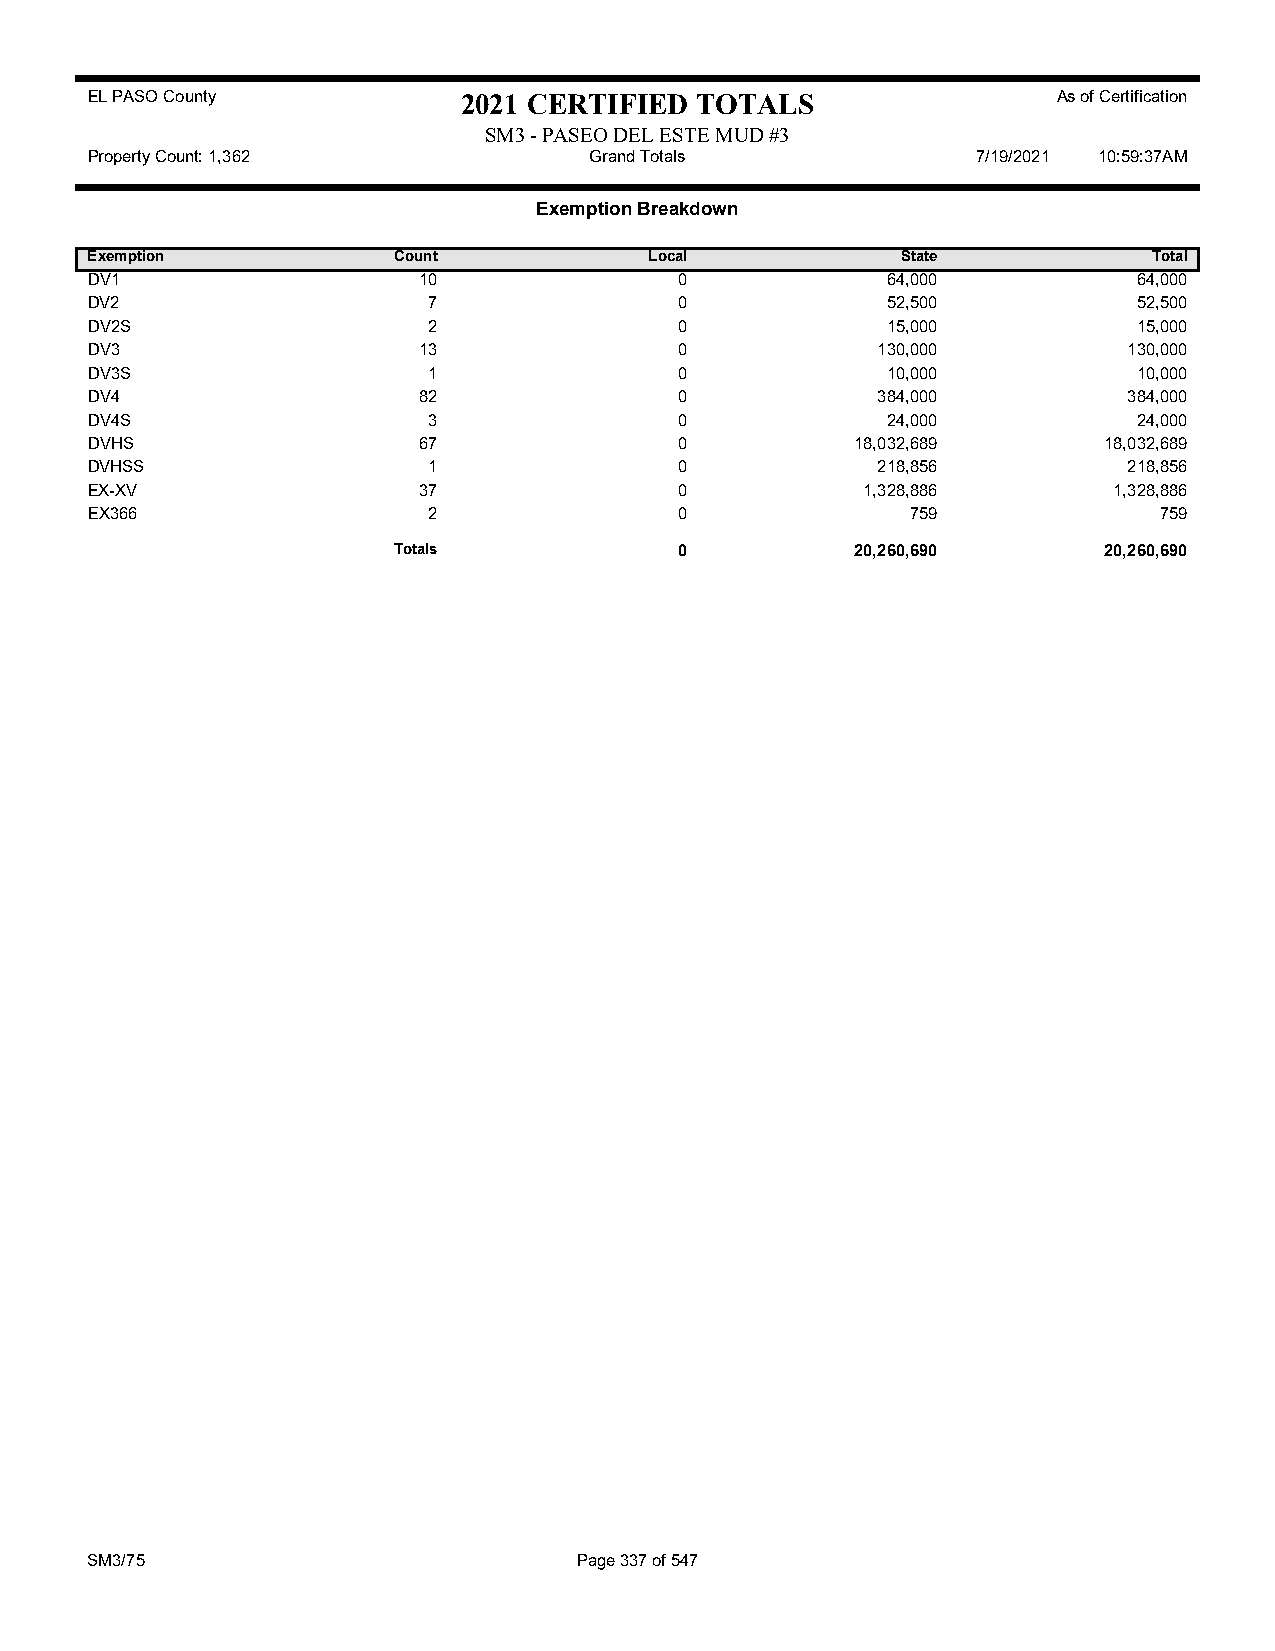
EL PASO County           2021 CERTIFIED TOTALS                  As of Certification
 SM3 - PASEO DEL ESTE MUD #3
 Property Count: 1,362            Grand Totals              7/19/2021 10:59:37AM
 Exemption Breakdown
 Exemption           Count            Local            State           Total
 DV1                   10               0             64,000          64,000
 DV2                   7                0             52,500          52,500
 DV2S                  2                0             15,000          15,000
 DV3                   13               0            130,000          130,000
 DV3S                  1                0             10,000          10,000
 DV4                   82               0            384,000          384,000
 DV4S                  3                0             24,000          24,000
 DVHS                  67               0           18,032,689      18,032,689
 DVHSS                 1                0            218,856          218,856
 EX-XV                 37               0           1,328,886        1,328,886
 EX366                 2                0              759              759
 Totals             0           20,260,690      20,260,690
 SM3/75                          Page 337 of 547